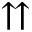
\upuparrows